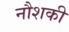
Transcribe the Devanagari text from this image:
नौशकी